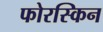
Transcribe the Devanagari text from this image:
फोरस्किन